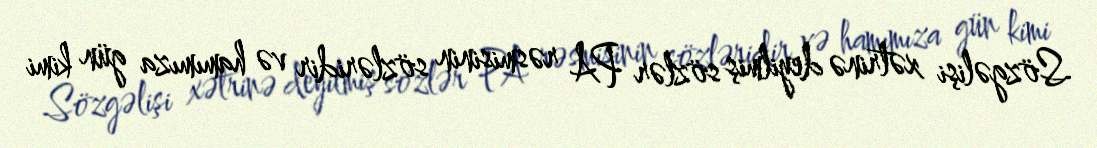
Sözgəlişi xətrinə deyilmiş sözlər PA rəsmisinin sözləridir və hamımıza gün kimi